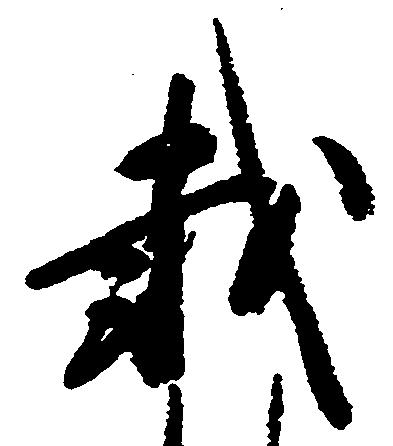
載